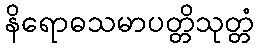
နိရောဓသမာပတ္တိသုတ္တံ